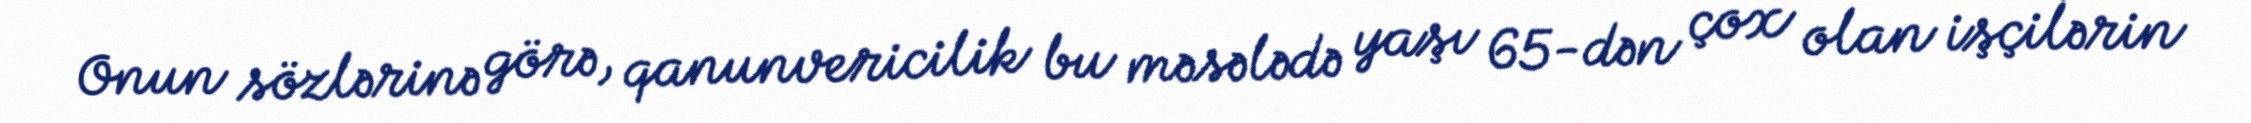
Onun sözlərinə görə, qanunvericilik bu məsələdə yaşı 65-dən çox olan işçilərin